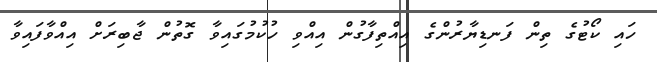
ހައި ކޯޓުގެ ތިން ފަނޑިޔާރުންގެ އިއްތިފާގުން އިއްވި ހުކުމުގައިވާ ގޮތުން ޖާބިރަށް އިއްވާފައިވާ